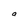
Character: a